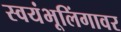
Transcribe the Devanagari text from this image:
स्वयंभूलिंगावर